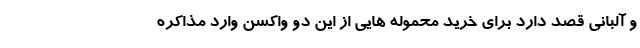
و آلبانی قصد دارد برای خرید محموله هایی از این دو واکسن وارد مذاکره